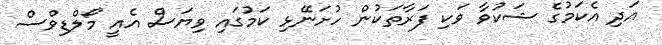
އަދި އެކަމުގެ ޝަކުވާ ވަކި ފަރާތަކުން ހުށަނޭޅި ކަމުގައި ވިޔަސް އެއީ މޯލްޑިވްސް